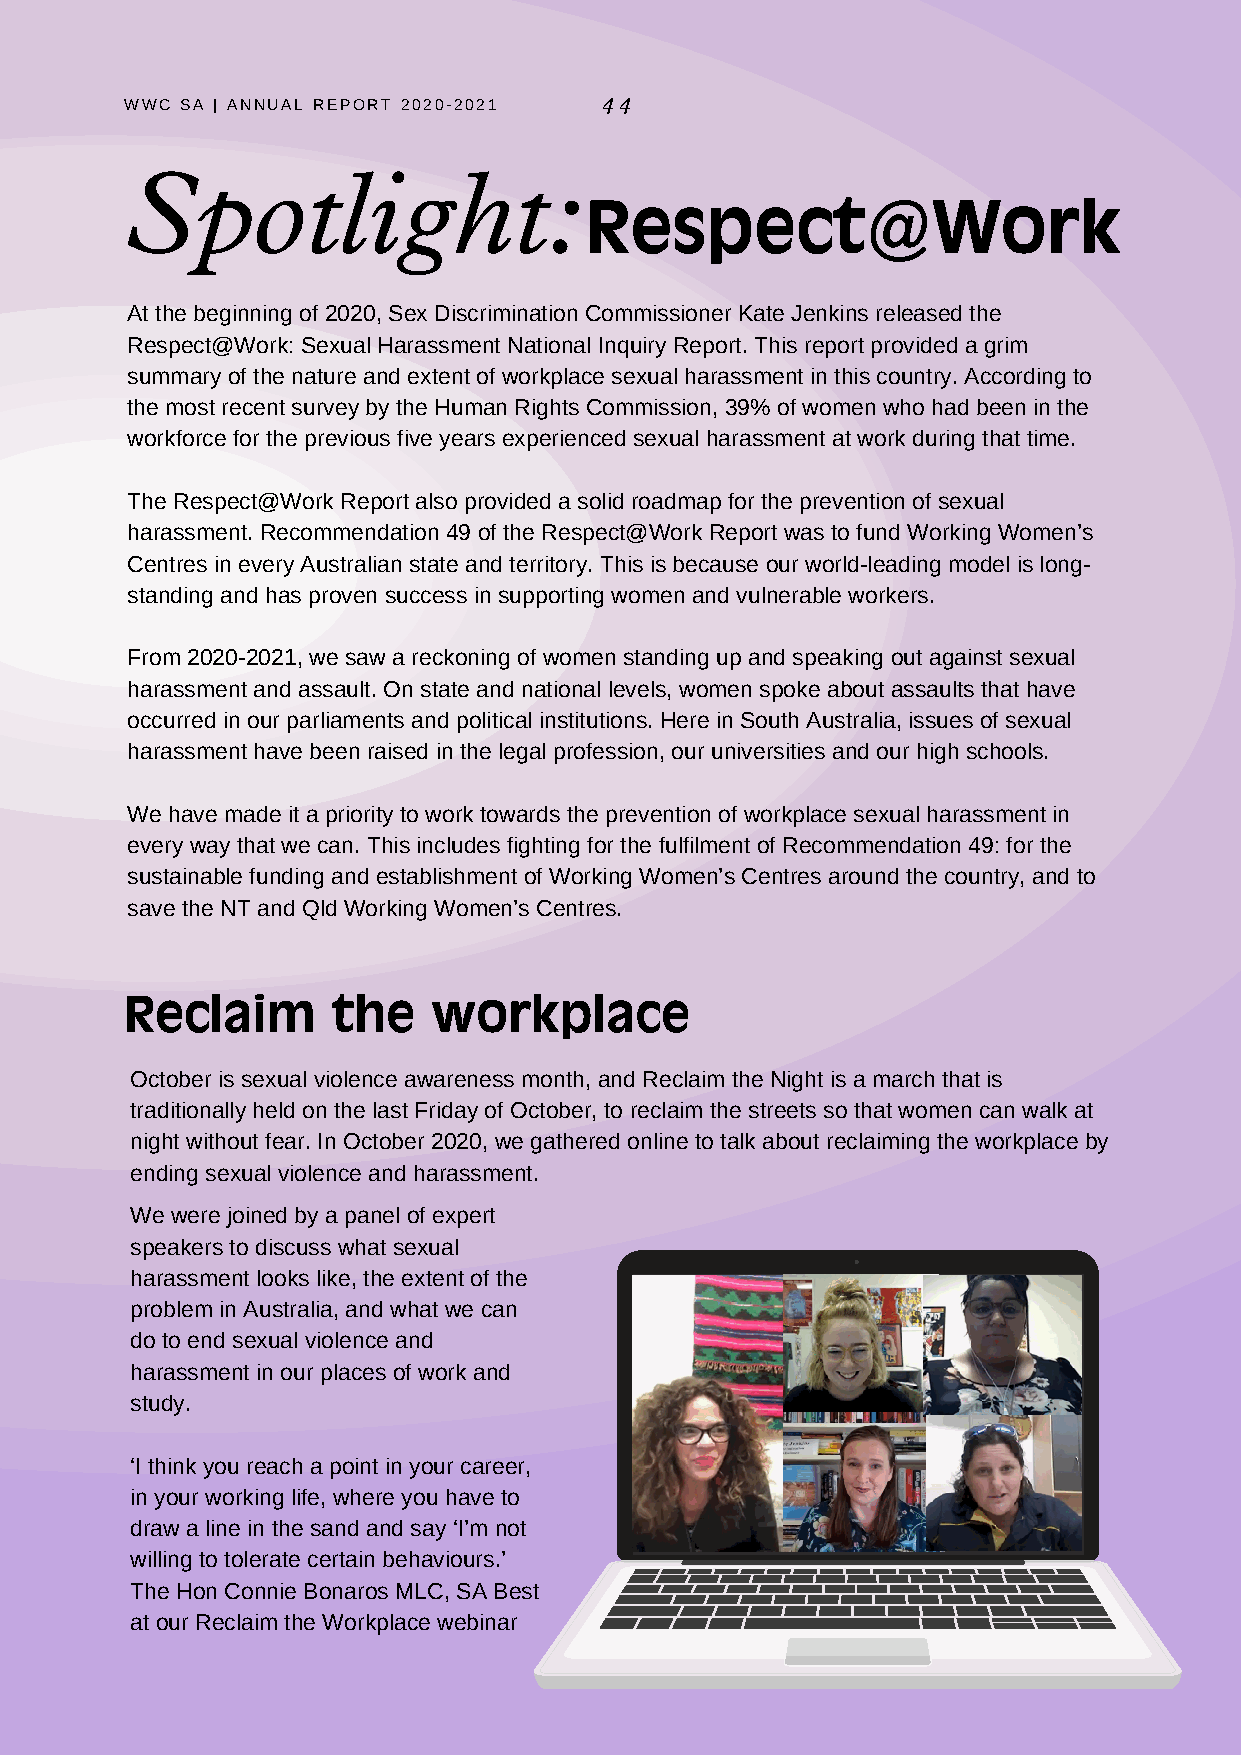
WWC SA | ANNUAL REPORT 2020-2021 44
 Spotlight:
 Respect@Work
 At the beginning of 2020, Sex Discrimination Commissioner Kate Jenkins released the
 Respect@Work: Sexual Harassment National Inquiry Report. This report provided a grim
 summary of the nature and extent of workplace sexual harassment in this country. According to
 the most recent survey by the Human Rights Commission, 39% of women who had been in the
 workforce for the previous five years experienced sexual harassment at work during that time.
 The Respect@Work Report also provided a solid roadmap for the prevention of sexual
 harassment. Recommendation 49 of the Respect@Work Report was to fund Working Women’s
 Centres in every Australian state and territory. This is because our world-leading model is long-
 standing and has proven success in supporting women and vulnerable workers.
 From 2020-2021, we saw a reckoning of women standing up and speaking out against sexual
 harassment and assault. On state and national levels, women spoke about assaults that have
 occurred in our parliaments and political institutions. Here in South Australia, issues of sexual
 harassment have been raised in the legal profession, our universities and our high schools.
 We have made it a priority to work towards the prevention of workplace sexual harassment in
 every way that we can. This includes fighting for the fulfilment of Recommendation 49: for the
 sustainable funding and establishment of Working Women’s Centres around the country, and to
 save the NT and Qld Working Women’s Centres.
 Reclaim       the    workplace
 October is sexual violence awareness month, and Reclaim the Night is a march that is
 traditionally held on the last Friday of October, to reclaim the streets so that women can walk at
 night without fear. In October 2020, we gathered online to talk about reclaiming the workplace by
 ending sexual violence and harassment.
 We were joined by a panel of expert
 speakers to discuss what sexual
 harassment looks like, the extent of the
 problem in Australia, and what we can
 do to end sexual violence and
 harassment in our places of work and
 study.
 ‘I think you reach a point in your career,
 in your working life, where you have to
 draw a line in the sand and say ‘I’m not
 willing to tolerate certain behaviours.’
 The Hon Connie Bonaros MLC, SA Best
 at our Reclaim the Workplace webinar